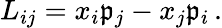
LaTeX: L_{ij}=x_{i}\mathfrak{p}_{j}-x_{j}\mathfrak{p}_{i}\, .